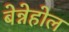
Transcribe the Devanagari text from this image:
बेन्नेहोल